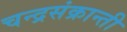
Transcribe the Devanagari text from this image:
चन्द्रसंक्रान्ती